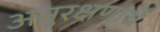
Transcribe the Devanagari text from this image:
अनुरक्षणार्थ